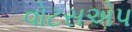
વોટસએપ